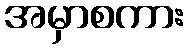
အမှာစကား